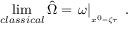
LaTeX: \operatorname * { l i m } _ { c l a s s i c a l } \hat { \Omega } = \left. \omega \right| _ { _ { x ^ { 0 } = \zeta \tau } } \; .